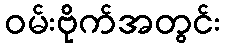
ဝမ်းဗိုက်အတွင်း